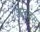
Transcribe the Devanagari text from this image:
शिखरास